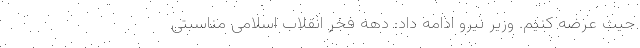
حیث عرضه کنیم. وزیر نیرو ادامه داد: دهه فجر انقلاب اسلامی مناسبتی